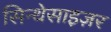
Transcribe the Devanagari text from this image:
सिन्थेसाइज़र